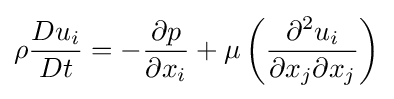
\rho {\frac {Du_{i}}{Dt}}=-{\frac {\partial p}{\partial x_{i}}}+\mu \left({\frac {\partial ^{2}u_{i}}{\partial x_{j}\partial x_{j}}}\right)